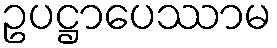
ဥပဋ္ဌာပေဿာမ